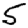
Digit: 5